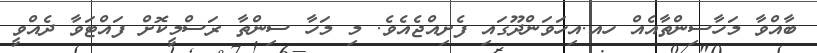
ބާއްވާ މަހާސިންތާއެއް ހއ.އިހަވަންދޫގައި ފެށިއްޖެއެވެ. މި މަހާ ސިންތާ ރަސްމީކޮށް ފައްޓަވާ ދެއްވީ